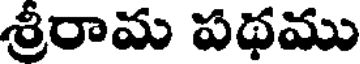
శ్రీరామ పథము